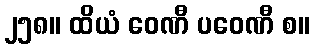
၂၅၈။ ထိယံ ဝေဏီ ပဝေဏီ စ။